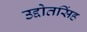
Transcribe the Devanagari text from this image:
उद्दोतसिंह